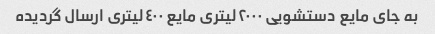
به جاى مایع دستشویى ٢٠٠٠لیترى مایع ٤٠٠لیترى ارسال گردیده